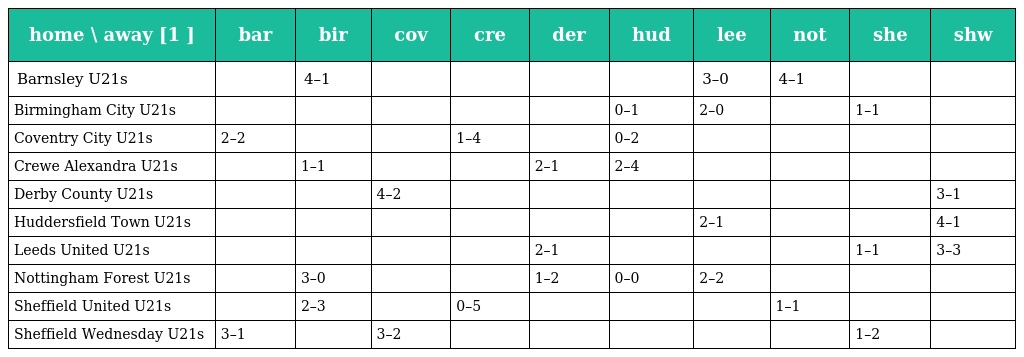
| home \ away [1 ] | bar | bir | cov | cre | der | hud | lee | not | she | shw |
 | --- | --- | --- | --- | --- | --- | --- | --- | --- | --- | --- |
 | Barnsley U21s |  | 4–1 |  |  |  |  | 3–0 | 4–1 |  |  |
 | Birmingham City U21s |  |  |  |  |  | 0–1 | 2–0 |  | 1–1 |  |
 | Coventry City U21s | 2–2 |  |  | 1–4 |  | 0–2 |  |  |  |  |
 | Crewe Alexandra U21s |  | 1–1 |  |  | 2–1 | 2–4 |  |  |  |  |
 | Derby County U21s |  |  | 4–2 |  |  |  |  |  |  | 3–1 |
 | Huddersfield Town U21s |  |  |  |  |  |  | 2–1 |  |  | 4–1 |
 | Leeds United U21s |  |  |  |  | 2–1 |  |  |  | 1–1 | 3–3 |
 | Nottingham Forest U21s |  | 3–0 |  |  | 1–2 | 0–0 | 2–2 |  |  |  |
 | Sheffield United U21s |  | 2–3 |  | 0–5 |  |  |  | 1–1 |  |  |
 | Sheffield Wednesday U21s | 3–1 |  | 3–2 |  |  |  |  |  | 1–2 |  |